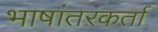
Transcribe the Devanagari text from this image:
भाषांतरकर्ता